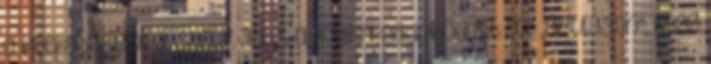
a kockadesignra. Steve Jobs annyira feldühödött az ,,áruláson", hogy